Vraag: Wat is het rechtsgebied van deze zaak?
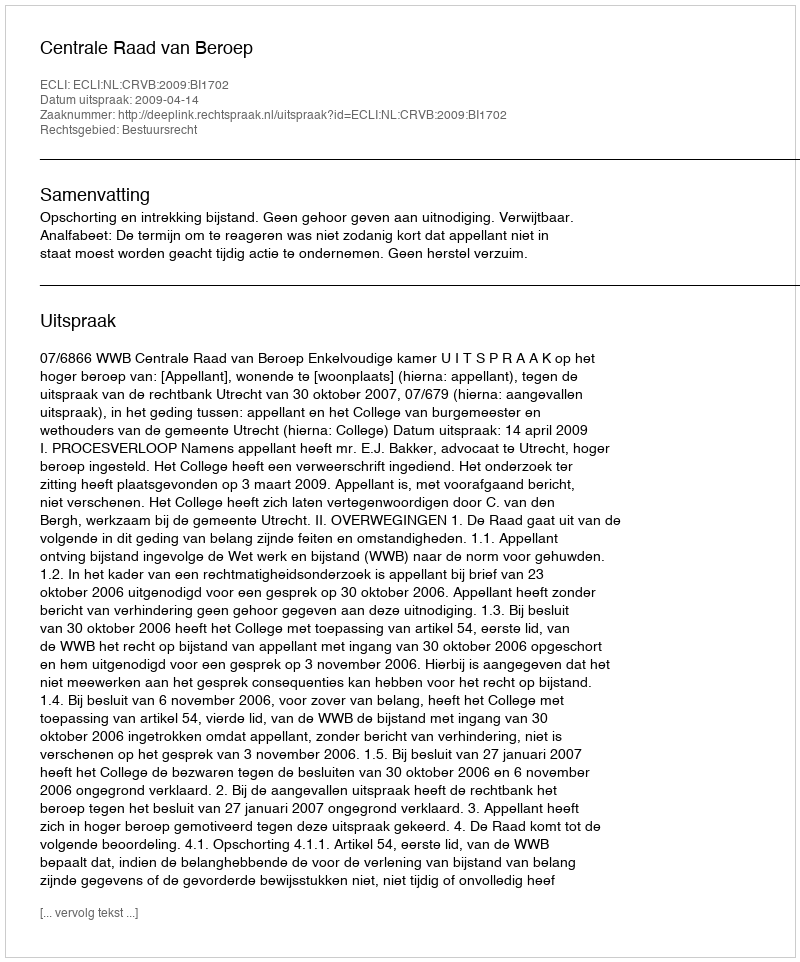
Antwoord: Bestuursrecht